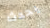
يحدث